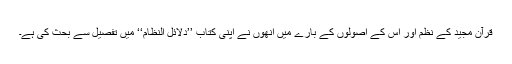
قرآن مجید کے نظم اور اس کے اصولوں کے بارے میں انھوں نے اپنی کتاب ’’دلائل النظام‘‘ میں تفصیل سے بحث کی ہے۔